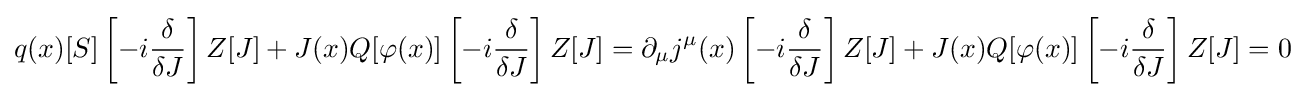
q(x)[S]\left[-i{\frac {\delta }{\delta J}}\right]Z[J]+J(x)Q[\varphi (x)]\left[-i{\frac {\delta }{\delta J}}\right]Z[J]=\partial _{\mu }j^{\mu }(x)\left[-i{\frac {\delta }{\delta J}}\right]Z[J]+J(x)Q[\varphi (x)]\left[-i{\frac {\delta }{\delta J}}\right]Z[J]=0